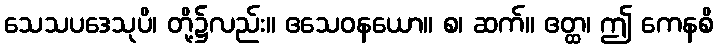
သေသပဒေသုပိ၊ တို့၌လည်း။ ဧသေဝနယော။ စ၊ ဆက်။ ဧတ္ထ၊ ဤ ကေနစိ